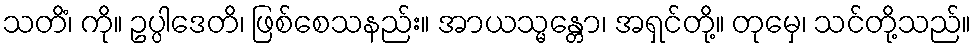
သတိံ၊ ကို။ ဥပ္ပါဒေတိ၊ ဖြစ်စေသနည်း။ အာယသ္မန္တော၊ အရှင်တို့။ တုမှေ၊ သင်တို့သည်။